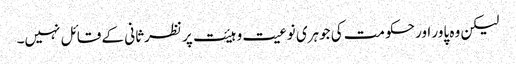
لیکن وہ پاور اور حکومت کی جوہری نوعیت و ہیئت پر نظرثانی کے قائل نہیں۔